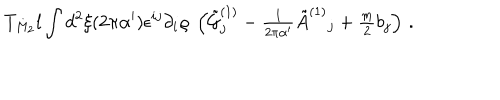
LaTeX: T _ { M _ { 2 } } l \int d ^ { 2 } \xi ( 2 \pi \alpha ^ { \prime } ) \epsilon ^ { i j } \partial _ { i } \varrho \ \left( { \tilde { \cal G } } _ { j } ^ { ( 1 ) } - { \textstyle \frac { 1 } { 2 \pi \alpha ^ { \prime } } } { \tilde { A } } ^ { ( 1 ) } { } _ { j } + { \textstyle \frac { m } { 2 } } b _ { j } \right) \, .